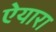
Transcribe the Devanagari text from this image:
ऐयारा